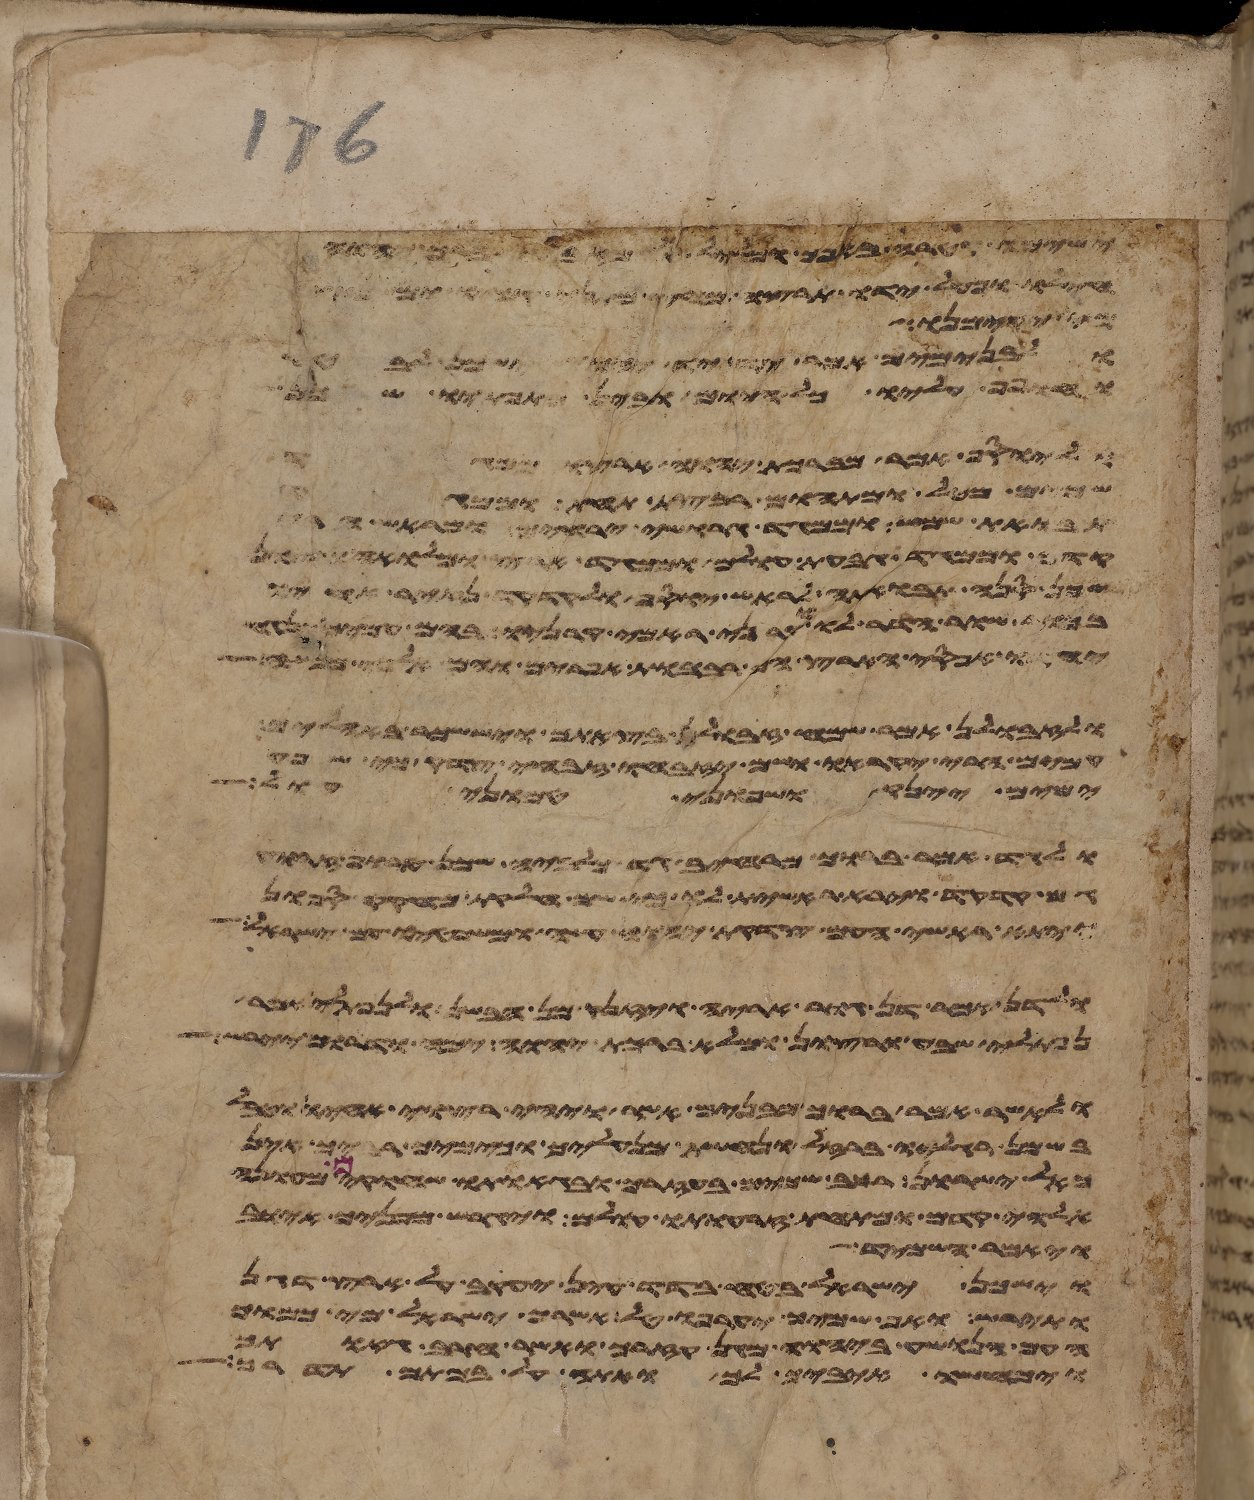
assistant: לו יהיה ואיש אשר יתן
משיתיו ויהי בימים ההם ויגדל משה ויצא אל אחיו
חילו ופעל ידו תרצה מחץ מתני קמיו
מי יקימנו
ולבנימים אמר יד יד יהוה ישכן לבטח
וילך שפי וימצא מלאך אלהים את בלעם ויאמר אליו את
וליוסף אמר מברכת יהוה ארצו
שמים מטל ומתהום רבצת תחת וממגד
תבואת שמש וממגד גרושי ירחים ומראש הרי
קדם וממגד גבעת עולם וממגד ארץ ומלואה ורצון
שכן סנה תבואתה לראש יוסף ולקדקד נזיר אחיו
בכור שור הדר לו וקרני ראמי קרניו בהם עמים ינגח
יחדו אפסי הארץ הם רבבות אפרים והם אלפי מנשה
ולזבולן אמר שמח זבולן בצאתך ויששכר באהליך
עמים הרי יקראו ושם יזבחו זבחי צדק כי שפע
ימים יינק ושפוני טמוני חול
ולגד אמר ברוך מרחיב גד כלביה שכן טרוף זרוע
גם קדקד וירא ראשית לו כי שם חלקת מחוקק ספון
ויתא ראשי העם צדקת יהוה עשה ומשפטיו עם ישראל
ולדן אמר דן גור אריה ויזנק מן הבשן ולנפתלי אמר
נפתלי שבע ורצון ומלא ברכת יהוה ימה ודרום יירש
ולאשר אמר ברוך מבנים אשר ויהי רצוי אחיו וטבל
בשמן רגליו ברזל ונחשת מנעליך וכימיך רביך אין
כאל ישרון רכב שמים בעזרך ובגאתו שחקים מעונה
אלהי קדם ומתחת זרועת עולם ויגרש מפניך אויב
ויאמר השמיד
וישכן ישראל בטח בדד עין יעקב על ארץ דגן
ותירש ואף שמיך יערפו טל אשרך ישראל מי כמוך
העם הנושע ביהוה מגן עזרך ואשר חרב גאתך
ויכחשו איביך לך ואתה על במתם תדרך